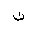
Letter: _non